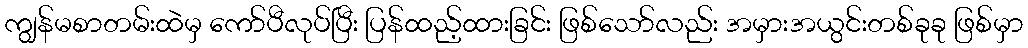
ကျွန်မစာတမ်းထဲမှ ကော်ပီလုပ်ပြီး ပြန်ထည့်ထားခြင်း ဖြစ်သော်လည်း အမှားအယွင်းတစ်ခုခု ဖြစ်မှာ